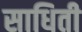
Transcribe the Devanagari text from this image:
साधिती